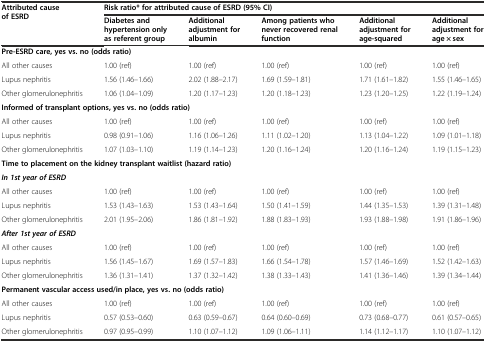
<table><thead><tr><td rowspan="2"><b>Attributed cause of ESRD</b></td><td colspan="5"><b>Risk ratio* for attributed cause of ESRD (95% CI)</b></td></tr><tr><td><b>Diabetes and hypertension only as referent group</b></td><td><b>Additional adjustment for albumin</b></td><td><b>Among patients who never recovered renal function</b></td><td><b>Additional adjustment for age-squared</b></td><td><b>Additional adjustment for age × sex</b></td></tr></thead><tbody><tr><td colspan="6"><b>Pre-ESRD care, yes vs. no (odds ratio)</b></td></tr><tr><td>All other causes</td><td>1.00 (ref)</td><td>1.00 (ref)</td><td>1.00 (ref)</td><td>1.00 (ref)</td><td>1.00 (ref)</td></tr><tr><td>Lupus nephritis</td><td>1.56 (1.46–1.66)</td><td>2.02 (1.88–2.17)</td><td>1.69 (1.59–1.81)</td><td>1.71 (1.61–1.82)</td><td>1.55 (1.46–1.65)</td></tr><tr><td>Other glomerulonephritis</td><td>1.06 (1.04–1.09)</td><td>1.20 (1.17–1.23)</td><td>1.20 (1.18–1.23)</td><td>1.23 (1.20–1.25)</td><td>1.22 (1.19–1.24)</td></tr><tr><td colspan="6"><b>Informed of transplant options, yes vs. no (odds ratio)</b></td></tr><tr><td>All other causes</td><td>1.00 (ref)</td><td>1.00 (ref)</td><td>1.00 (ref)</td><td>1.00 (ref)</td><td>1.00 (ref)</td></tr><tr><td>Lupus nephritis</td><td>0.98 (0.91–1.06)</td><td>1.16 (1.06–1.26)</td><td>1.11 (1.02–1.20)</td><td>1.13 (1.04–1.22)</td><td>1.09 (1.01–1.18)</td></tr><tr><td>Other glomerulonephritis</td><td>1.07 (1.03–1.10)</td><td>1.19 (1.14–1.23)</td><td>1.20 (1.16–1.24)</td><td>1.20 (1.16–1.24)</td><td>1.19 (1.15–1.23)</td></tr><tr><td colspan="6"><b>Time to placement on the kidney transplant waitlist (hazard ratio)</b></td></tr><tr><td><b><i>In 1st year of ESRD</i></b></td><td></td><td></td><td></td><td></td><td></td></tr><tr><td>All other causes</td><td>1.00 (ref)</td><td>1.00 (ref)</td><td>1.00 (ref)</td><td>1.00 (ref)</td><td>1.00 (ref)</td></tr><tr><td>Lupus nephritis</td><td>1.53 (1.43–1.63)</td><td>1.53 (1.43–1.64)</td><td>1.50 (1.41–1.59)</td><td>1.44 (1.35–1.53)</td><td>1.39 (1.31–1.48)</td></tr><tr><td>Other glomerulonephritis</td><td>2.01 (1.95–2.06)</td><td>1.86 (1.81–1.92)</td><td>1.88 (1.83–1.93)</td><td>1.93 (1.88–1.98)</td><td>1.91 (1.86–1.96)</td></tr><tr><td><b><i>After 1st year of ESRD</i></b></td><td></td><td></td><td></td><td></td><td></td></tr><tr><td>All other causes</td><td>1.00 (ref)</td><td>1.00 (ref)</td><td>1.00 (ref)</td><td>1.00 (ref)</td><td>1.00 (ref)</td></tr><tr><td>Lupus nephritis</td><td>1.56 (1.45–1.67)</td><td>1.69 (1.57–1.83)</td><td>1.66 (1.54–1.78)</td><td>1.57 (1.46–1.69)</td><td>1.52 (1.42–1.63)</td></tr><tr><td>Other glomerulonephritis</td><td>1.36 (1.31–1.41)</td><td>1.37 (1.32–1.42)</td><td>1.38 (1.33–1.43)</td><td>1.41 (1.36–1.46)</td><td>1.39 (1.34–1.44)</td></tr><tr><td colspan="6"><b>Permanent vascular access used/in place, yes vs. no (odds ratio)</b></td></tr><tr><td>All other causes</td><td>1.00 (ref)</td><td>1.00 (ref)</td><td>1.00 (ref)</td><td>1.00 (ref)</td><td>1.00 (ref)</td></tr><tr><td>Lupus nephritis</td><td>0.57 (0.53–0.60)</td><td>0.63 (0.59–0.67)</td><td>0.64 (0.60–0.69)</td><td>0.73 (0.68–0.77)</td><td>0.61 (0.57–0.65)</td></tr><tr><td>Other glomerulonephritis</td><td>0.97 (0.95–0.99)</td><td>1.10 (1.07–1.12)</td><td>1.09 (1.06–1.11)</td><td>1.14 (1.12–1.17)</td><td>1.10 (1.07–1.12)</td></tr></tbody></table>